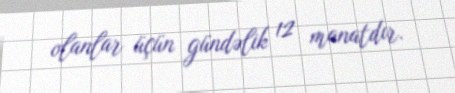
olanlar üçün gündəlik 12 manatdır.